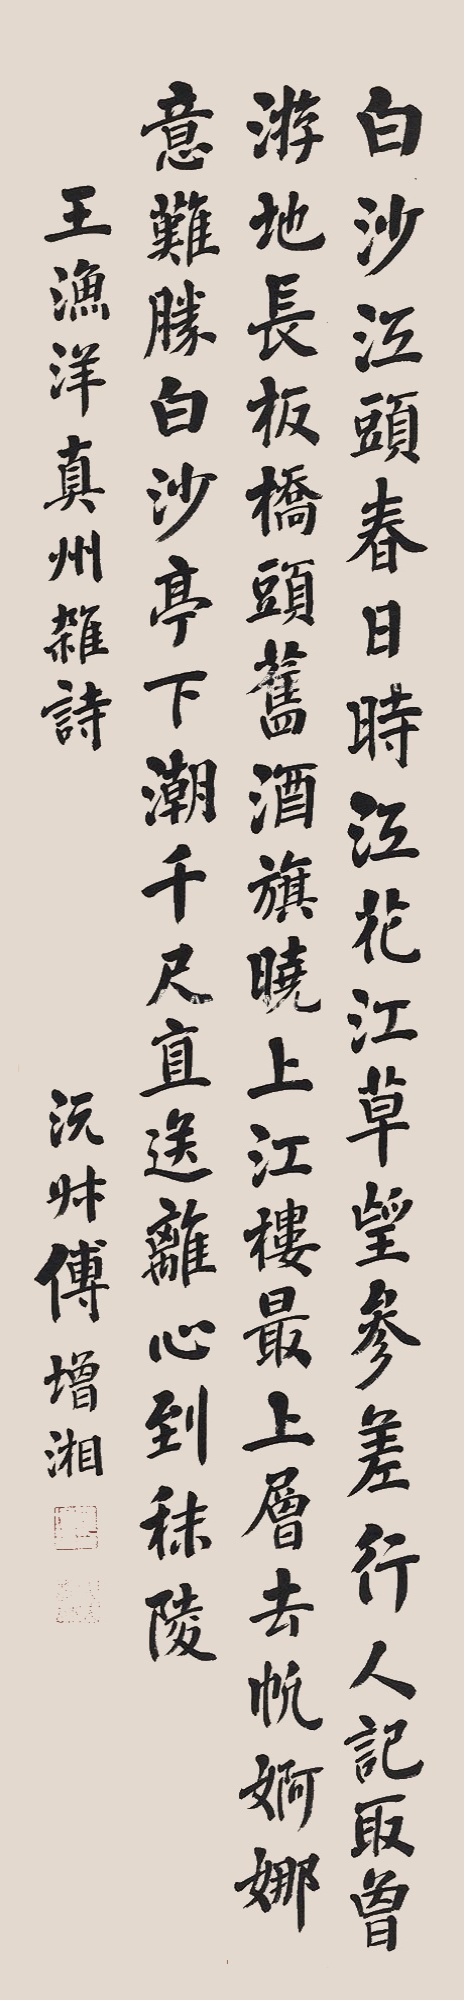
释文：白沙江头春日时，江花江草望参差。行人记取曾游地，长板桥头旧酒旗。晓上江楼最上层，去帆婀娜意难胜。白沙亭下潮千尺，直送离心到秣陵。王渔洋真州杂诗，沅叔傅增湘。